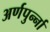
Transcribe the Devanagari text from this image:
अर्णपुर्न्ना